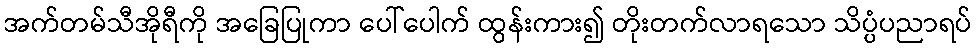
အက်တမ်သီအိုရီကို အခြေပြုကာ ပေါ်ပေါက် ထွန်းကား၍ တိုးတက်လာရသော သိပ္ပံပညာရပ်